Annual statistical returns and brief notes on vaccination in Bengal - 1909-1929
Year: 1909
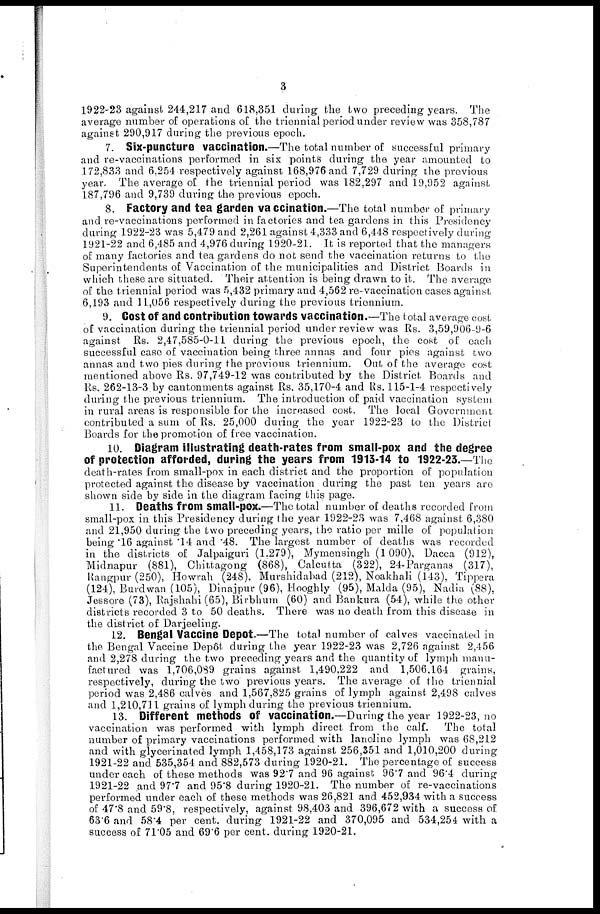
3
1922-23 against 244,217 and 618,351 during the two preceding years. The
average number of operations of the triennial period under review was 358,787
against 290,917 during the previous epoch.
7. Six-puncture vaccination.—The total number of successful primary
and re-vaccinations performed in sis points during the year amounted to
172,833 and 6,254 respectively against 168,976 and 7,729 during the previous
year. The average of the triennial period was 182,297 and 19,952 against
187,796 and 9,739 during the previous epoch.
8. Factory and tea garden vaccination.—The total number of primary
and re-vaccinations performed in factories and tea gardens in this Presidency
during 1922-23 was 5,479 and 2,261 against 4,333 and 6,448 respectively during
1921-22 and 6,485 and 4,976 during 1920-21. It is reported that the managers
of many factories and tea gardens do not send the vaccination returns to the
Superintendents of Vaccination of the municipalities and District Boards in
which these are situated. Their attention is being drawn to it. The average
of the triennial period was 5,432 primary and 4,562 re-vaccination cases against
6,193 and 11,056 respectively during the previous triennium.
9. Cost of and contribution towards vaccination.—The total average cost
of vaccination during the triennial period under review was Rs. 3,59,906-9-6
against Rs. 2,47,585-0-11 during the previous epoch, the cost of each
successful case of vaccination being three annas and four pies against two
annas and two pies during the previous triennium. Out of the average cost
mentioned above Rs. 97,749-12 was contributed by the District Boards and
Rs. 262-13-3 by cantonments against Rs. 35,170-4 and Rs. 115-1-4 respectively
during the previous triennium. The introduction of paid vaccination system
in rural areas is responsible for the increased cost. The local Government
contributed a sum of Rs. 25,000 during the year 1922-23 to the District
Boards for the promotion of free vaccination.
10. Diagram illustrating death-rates from small-pox and the degree
of protection afforded, during the years from 1913-14 to 1922-23.—The
death-rates from small-pox in each district and the proportion of population
protected against the disease by vaccination during the past ten years are
shown side by side in the diagram facing this page.
11. Deaths from small-pox.—The total number of deaths recorded from
small-pox in this Presidency during the year 1922-23 was 7,468 against 6,380
and 21,950 during the two preceding years, the ratio per mille of population
being .16 against .14 and .48. The largest number of deaths was recorded
in the districts of Jalpaiguri (1,279), Mymensingh (1,090), Dacca (912),
Midnapur (881), Chittagong (868), Calcutta (322), 24-Parganas (317),
Rangpur (250), Howrah (248), Murshidabad (212), Noakhali (143), Tippera
(124), Burdwan (105), Dinajpur (96), Hooghly (95), Malda (95), Nadia (88),
Jessore (73), Rajshahi (65), Birbhum (60) and Bankura (54), while the other
districts recorded 3 to 50 deaths. There was no death from this disease in
the district of Darjeeling.
12. Bengal Vaccine Depot.—The total number of calves vaccinated in
the Bengal Vaccine Depôt during the year 1922-23 was 2,726 against 2,456
and 2,278 during the two preceding years and the quantity of lymph manu-
factured was 1,706,089 grains against 1,490,222 and 1,506,164 grains,
respectively, during the two previous years. The average of the triennial
period was 2,486 calves and 1,567,825 grains of lymph against 2,498 calves
and 1,210,711 grains of lymph during the previous triennium.
13. Different methods of vaccination.—During the year 1922-23, no
vaccination was performed with lymph direct from the calf. The total
number of primary vaccinations performed with lanoline lymph was 68,212
and with glycerinated lymph 1,458,173 against 256,351 and 1,010,200 during
1921-22 and 535,354 and 882,573 during 1920-21. The percentage of success
under each of these methods was 92'7 and 96 against 96.7 and 96.4 during
1921-22 and 97.7 and 95.8 during 1920-21. The number of re-vaccinations
performed under each of these methods was 26,821 and 452,934 with a success
of 47.8 and 59.8, respectively, against 98,403 and 396,672 with a success of
63.6 and 58.4 per cent. during 1921-22 and 370,095 and 534,254 with a
success of 71.05 and 69.6 per cent. during 1920-21.